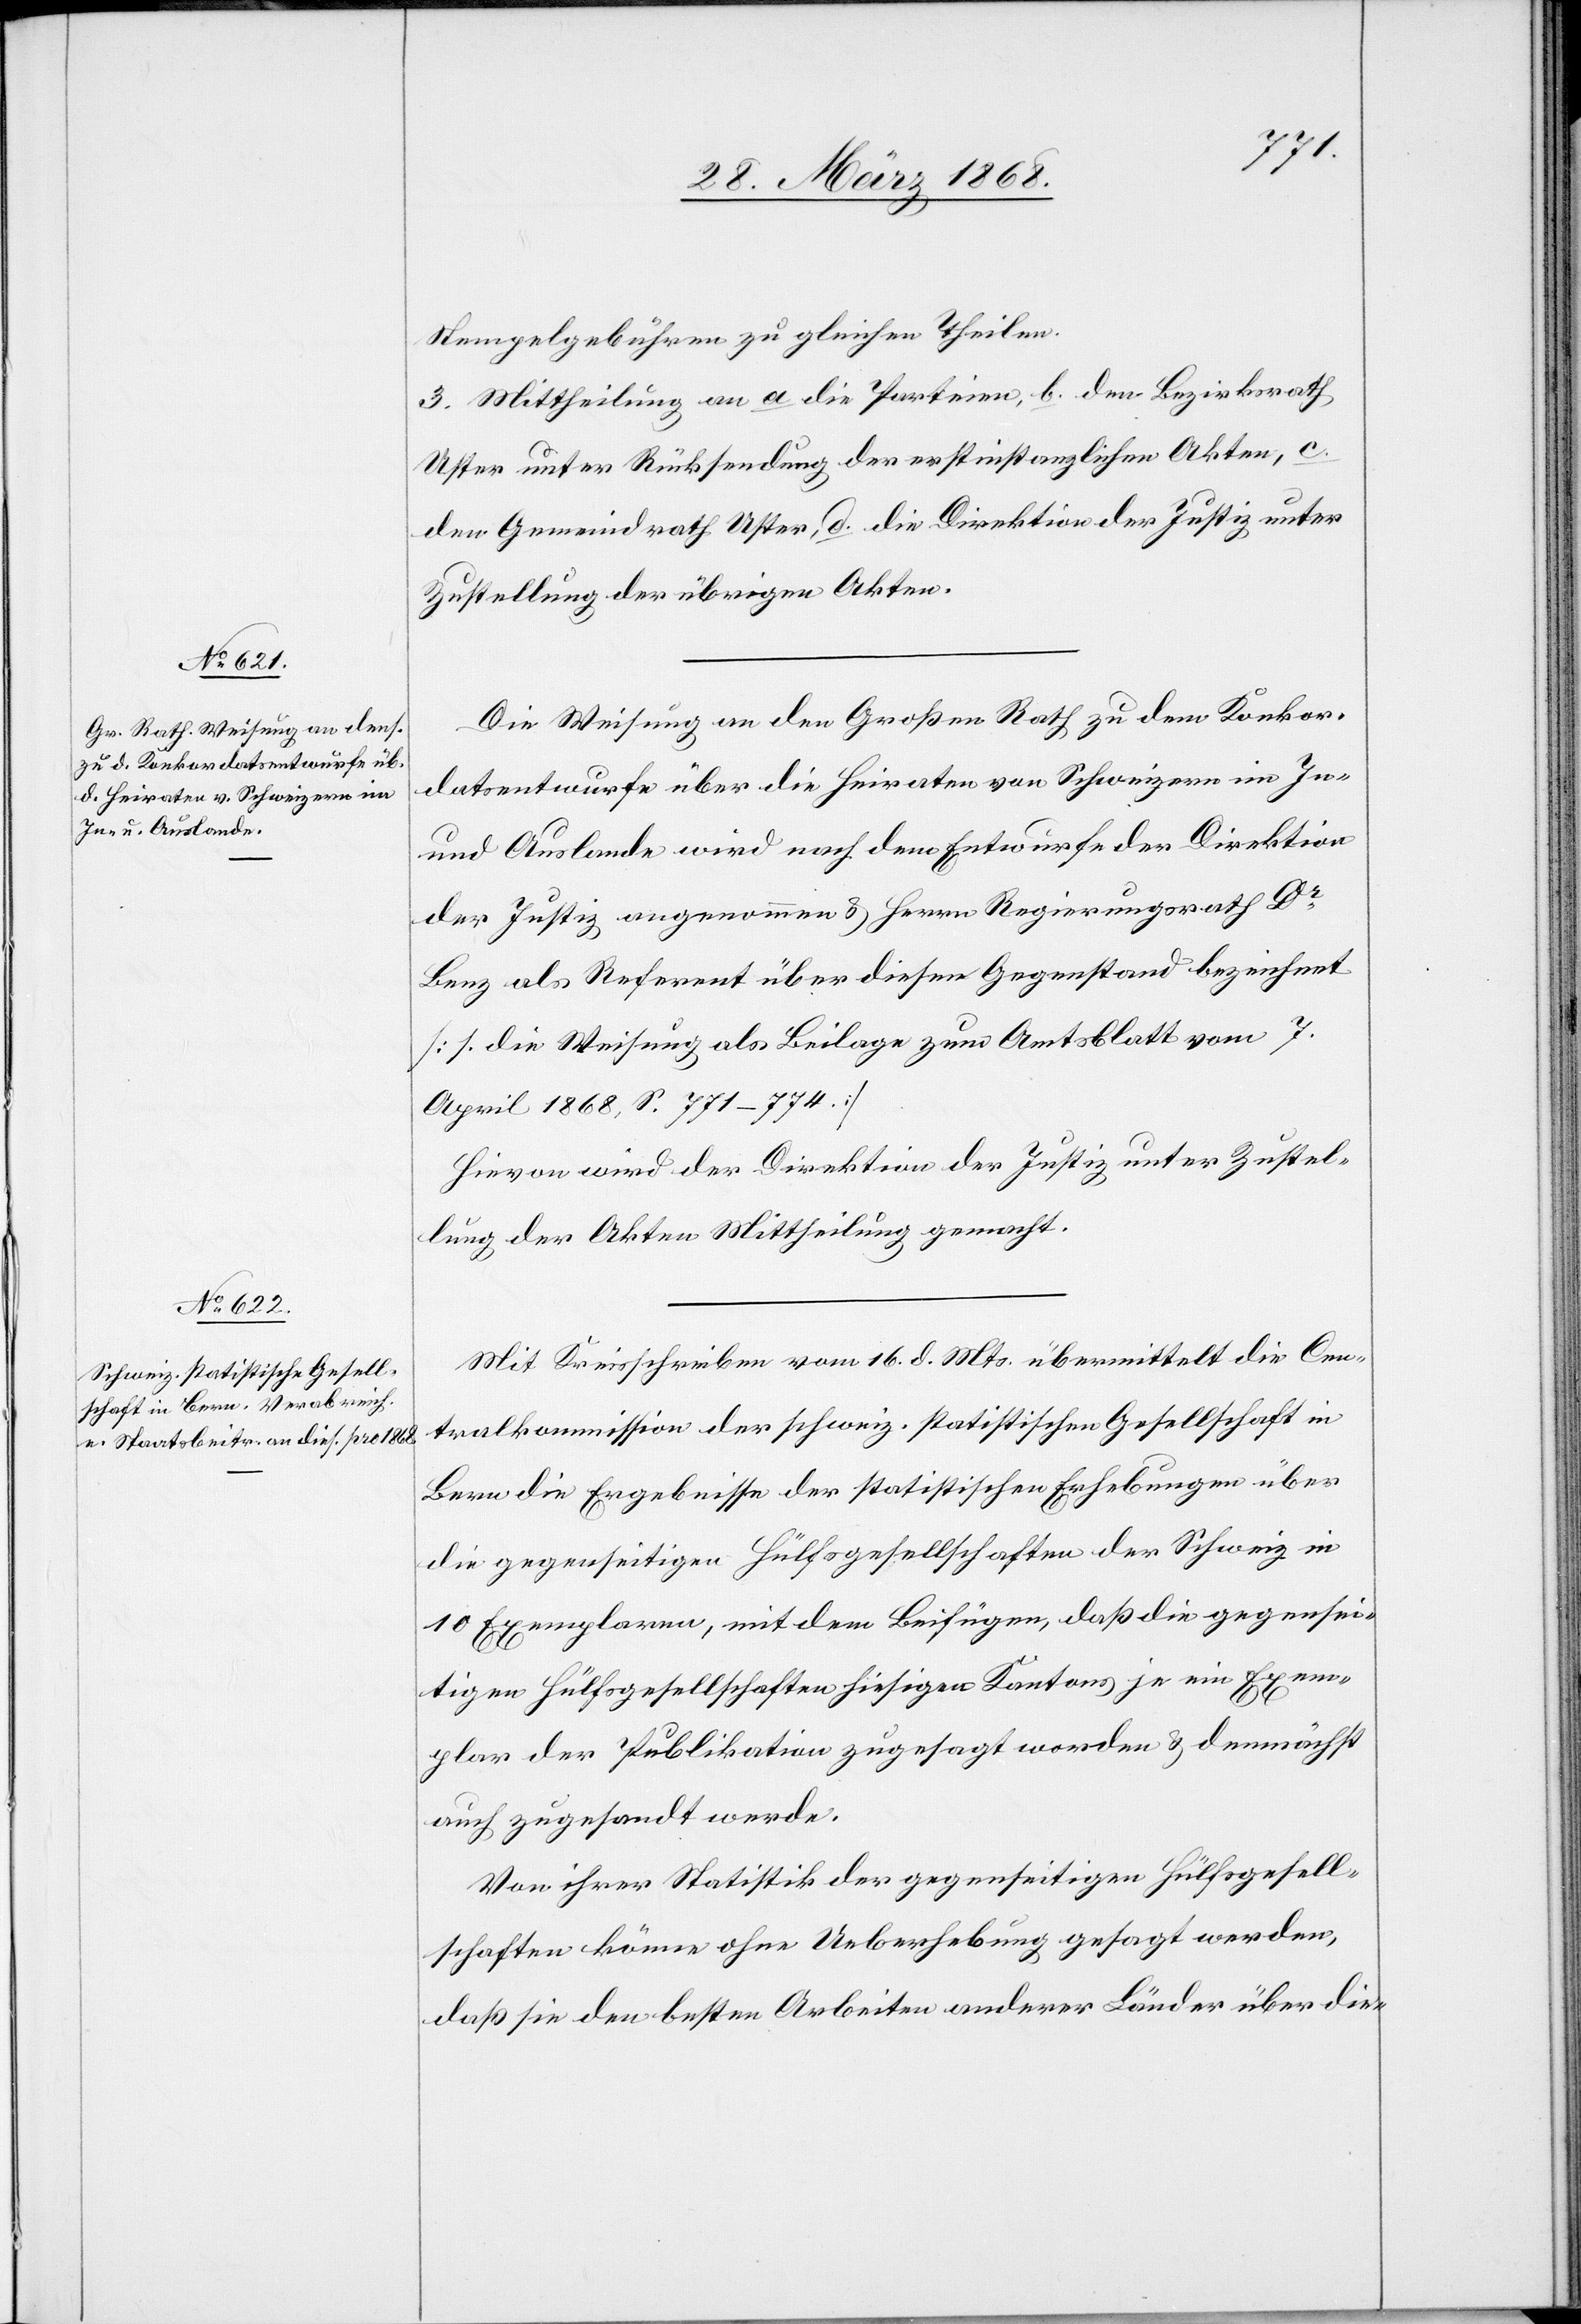
gegense¬
Stempelgebühren zu gleichen Theilen.
3. Mittheilung an a die Parteien, b. den Bezirksrath
Uster unter Rücksendung der erstinstanzlichen Akten, c.
den Gemeindrath Uster, d. die Direktion der Justiz unter
Zustellung der übrigen Akten.
Die Weisung an den Großen Rath zu dem Konkor¬
datsentwurfe über die Heiraten von Schweizern im In-
und Auslande wird nach dem Entwurfe der Direktion
der Justiz angenommen & Herrn Regierungsrath Dr.
Benz als Referent über diesen Gegenstand bezeichnet
[s. die Weisung als Beilage zum Amtsblatt vom 7.
April 1868, S. 771–774.]
Hievon wird der Direktion der Justiz unter Zustel¬
lung der Akten Mittheilung gemacht.
Mit Kreisschreiben vom 16. d. Mts. übermittelt die Cen¬
tralkommission der schweiz. statistischen Gesellschaft in
Bern die Ergebnisse der statistischen Erhebungen über
die gegenseitigen Hülfsgesellschaften der Schweiz in
10 Exemplaren, mit dem Beifügen, daß die [recte:
itigen Hülfsgesellschaften hiesigen Kantons je ein Exem¬
plar der Publikation zugesagt worden & demnächst
auch zugesandt werde.
Von ihrer Statistik der gegenseitigen Hülfsgesell¬
schaften könne ohne Ueberhebung gesagt werden,
daß sie den besten Arbeiten anderer Länder über die-